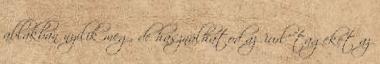
ablakban nyílik meg, de használhatod az 'iurl' tageket az